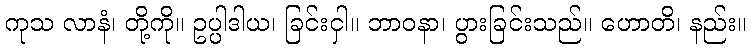
ကုသ လာနံ၊ တို့ကို။ ဥပ္ပါဒါယ၊ ခြင်းငှါ။ ဘာဝနာ၊ ပွားခြင်းသည်။ ဟောတိ၊ နည်း။